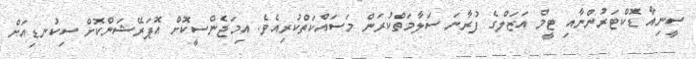
ސީނިއާ ޑޮކްޓަރުންނާއި ޓީމް އަޒަލްގެ ފުރާނަ ސަލާމަތްކުރަން މަސައްކަތްކުރިއެވެ. އިމަޖެންސީކޮށް އޮޕަރޭޝަންކޮށް ސިކުނޑިއަށް